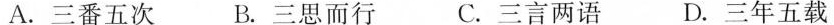
A.三番五次 B.三思而行 C.三言两语 D.三年五载